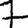
Digit: 7